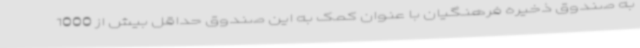
به صندوق ذخیره فرهنگیان با عنوان کمک به این صندوق حداقل بیش از 1000